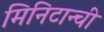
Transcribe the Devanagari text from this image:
मिनिटान्ची